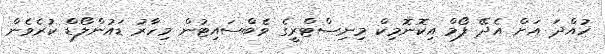
ހުއްދަ އަށް އެދޭ ފޯމް އިކޮނޮމިކް މިނިސްޓްރީގެ ވެބްސައިޓުން މިހާރު ޑައުންލޯޑް ކުރެވެން